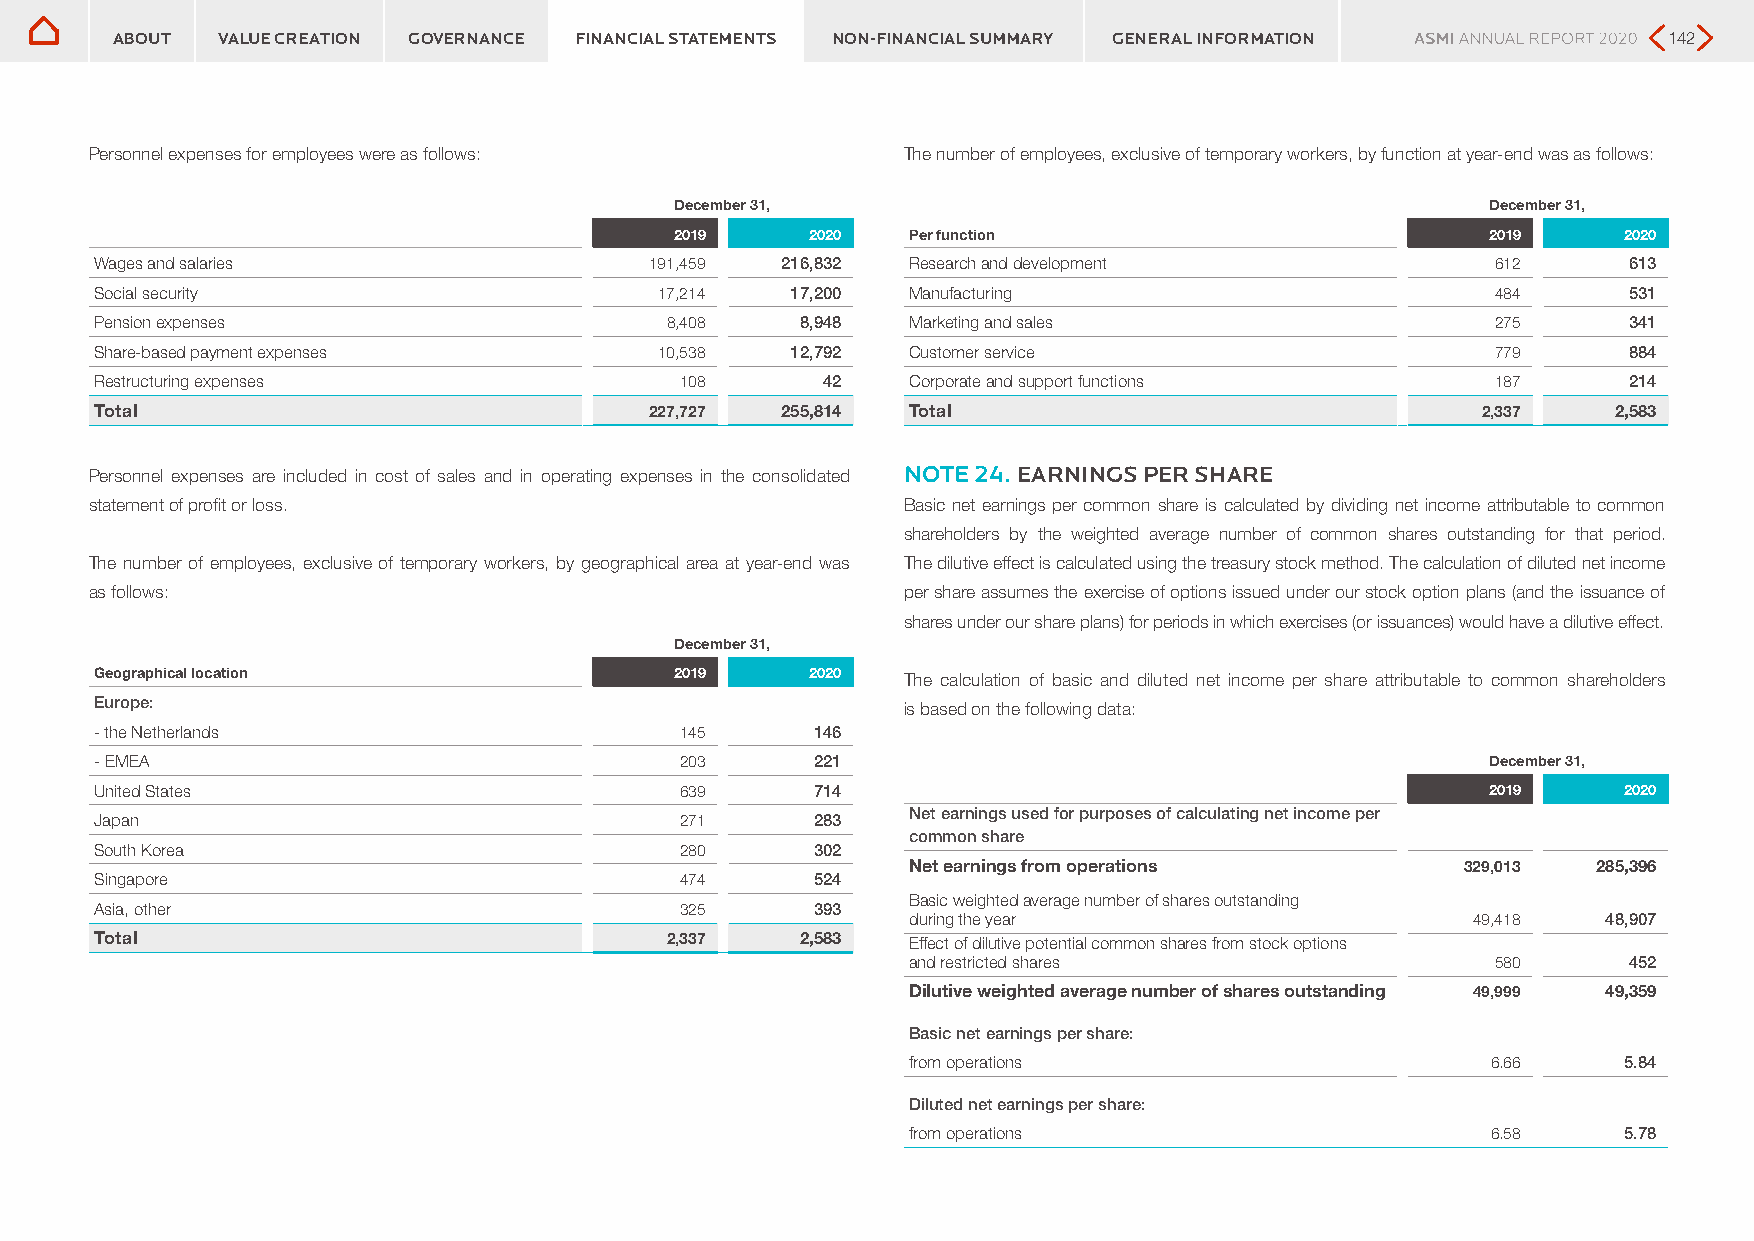
ABOUT  VALUE CREATION GOVERNANCE FINANCIAL STATEMENTS NON-FINANCIAL SUMMARY GENERAL INFORMATION        142
 Personnel expenses for employees were as follows:     The number of employees, exclusive of temporary workers, by function at year-end was as follows:
 December 31,                                          December 31,
 2019     2020  Per function                           2019     2020
 Wages and salaries                   191,459  216,832 Research and development               612      613
 Social security                       17,214  17,200  Manufacturing                          484      531
 Pension expenses                      8,408    8,948  Marketing and sales                    275      341
 Share-based payment expenses          10,538  12,792  Customer service                       779      884
 Restructuring expenses                 108      42    Corporate and support functions        187      214
 Total                                227,727  255,814 Total                                 2,337    2,583
 Personnel expenses are included in cost of sales and in operating expenses in the consolidated NOTE 24. EARNINGS PER SHARE
 statement of profit or loss.                          Basic net earnings per common share is calculated by dividing net income attributable to common
 shareholders by the weighted average number of common shares outstanding for that period.
 The number of employees, exclusive of temporary workers, by geographical area at year-end was The dilutive effect is calculated using the treasury stock method. The calculation of diluted net income
 as follows:                                           per share assumes the exercise of options issued under our stock option plans (and the issuance of
 shares under our share plans) for periods in which exercises (or issuances) would have a dilutive effect.
 December 31,
 Geographical location                  2019     2020  The calculation of basic and diluted net income per share attributable to common shareholders
 Europe:                                               is based on the following data:
 - the Netherlands                      145      146
 - EMEA                                 203      221                                          December 31,
 United States                          639      714                                          2019     2020
 Net earnings used for purposes of calculating net income per
 Japan                                  271      283
 common share
 South Korea                            280      302
 Net earnings from operations         329,013  285,396
 Singapore                              474      524
 Basic weighted average number of shares outstanding
 Asia, other                            325      393
 during the year                       49,418  48,907
 Total                                 2,337    2,583  Effect of dilutive potential common shares from stock options
 and restricted shares                  580      452
 Dilutive weighted average number of shares outstanding 49,999 49,359
 Basic net earnings per share:
 from operations                        6.66     5.84
 Diluted net earnings per share:
 from operations                        6.58     5.78